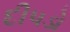
દીપડો